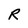
Character: R